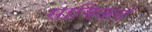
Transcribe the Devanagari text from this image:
सागितले